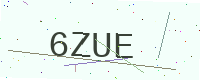
Text: 6ZUE